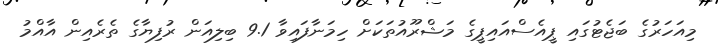
މިއަހަރުގެ ބަޖެޓުގައި ޕީއެސްއައިޕީގެ މަޝްރޫއުތަކަށް ހިމަނާފައިވާ 9.1 ބިލިއަން ރުފިޔާގެ ތެރެއިން އާއްމު